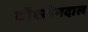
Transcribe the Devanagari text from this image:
बॉश्खेनदाल